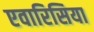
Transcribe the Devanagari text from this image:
एवारिसिया